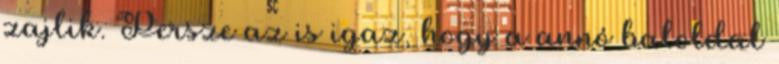
zajlik. Persze az is igaz, hogy a annó baloldal